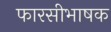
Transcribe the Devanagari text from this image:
फारसीभाषक